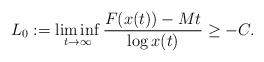
LaTeX: \begin{align*} L_0:=\liminf_{t\to\infty} \frac{F(x(t))-Mt}{\log x(t)}\geq -C.\end{align*}